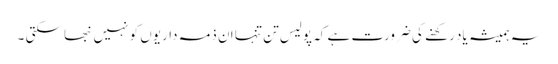
یہ ہمیشہ یاد رکھنے کی ضرورت ہے کہ پولیس تن تنہا ان ذمہ داریوں کو نہیں نبھا سکتی ۔